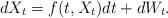
LaTeX: \begin{align*} dX_t = f(t,X_t) dt + dW_t. \end{align*}